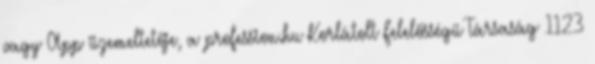
vagy App üzemeltetője, a profession.hu Korlátolt Felelősségű Társaság 1123